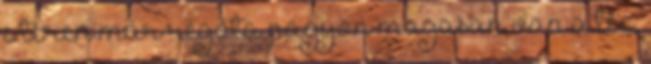
e téren már régóta nagyon magasan van a léc,